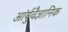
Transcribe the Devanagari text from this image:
आर्युवैज्ञानिक